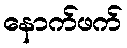
နောက်ဖက်